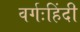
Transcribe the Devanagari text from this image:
वर्गःहिंदी